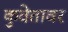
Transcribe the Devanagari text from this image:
कुवेतावर